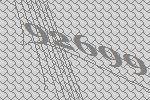
92699